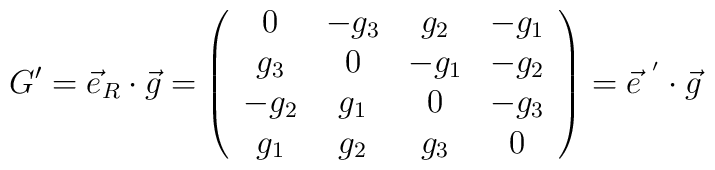
G' =\vec{e}_{R} \cdot \vec{g}=\left(\begin{array}{cccc}0      & -g_{3} &  g_{2} &  -g_{1} \\g_{3} &   0    &  -g_{1} & -g_{2} \\-g_{2} & g_{1} &  0     &  -g_{3} \\g_{1} &  g_{2} & g_{3} &  0 \end{array}\right) = \vec{e}^{~'} \cdot \vec{g}